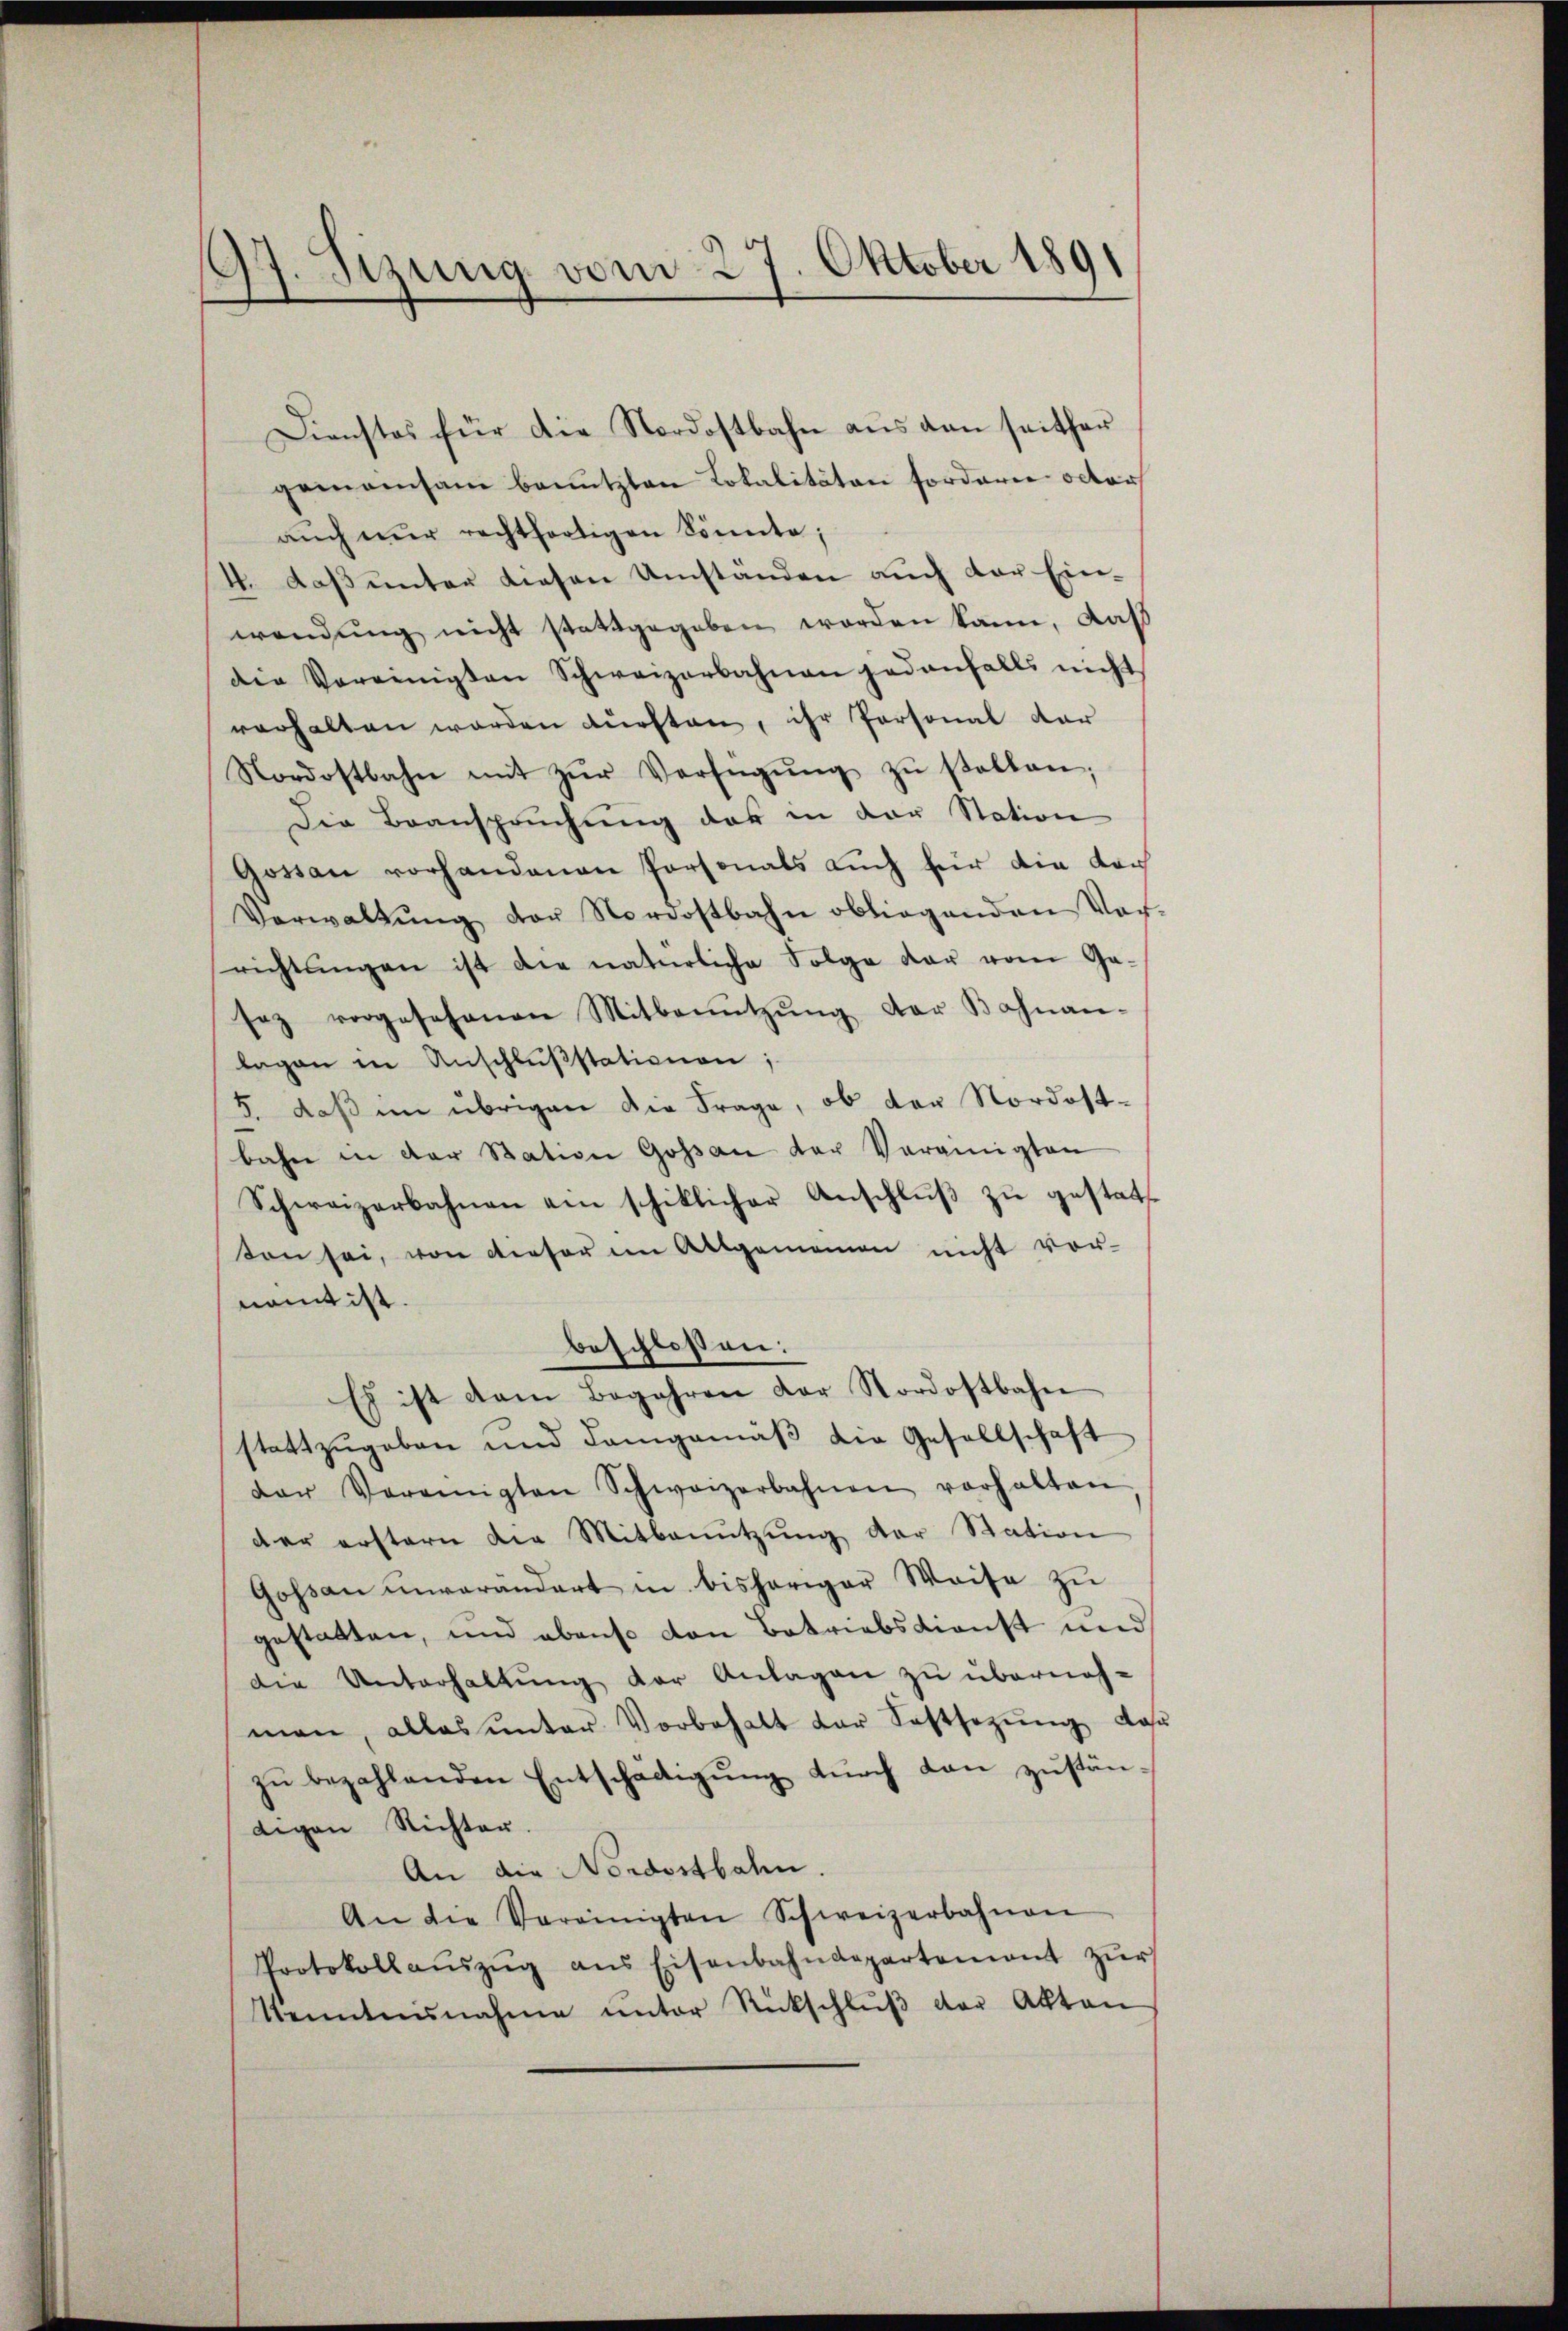
97. Sizung vom 27. Oktober 1891

Dienstes für die Nordostbahn aŭs den seither
gemeinsam benutzten Lokalitäten fordern octor
auch nur rechtfertigen Sonnte;
4. daβ ŭnter diesen Umständen auch der Ein-
wendung nicht stattgegeben worden kann, daß
die Vereinigten Schweizerbahnen jedenfalls nicht
verhalten werden dürften, ihr Personal dar
Nordostbahn mit zŭr Verfügŭng zŭ stellten;
Die Beanspruchung das in der Station
Gostan vorhandenen Personals auch für die von
Verwaltŭng der Nordostbahn obliegenden Vor-
richtŭngen ist die natürliche Folge der vom Ga-
saz vorgesehenen Mitbenŭtzŭng der Bahnan-
lagen in Anschlußstationen;
5. daβ im übrigen die Frage, ob der Nordostbahn in der Station Goßau der Veranigten
Schweizerbahnen am schiklicher Anschluß zu gestatt
ton sei, von dieser im Allgemeinen nicht vor-
namt ist.
beschlossen:
Es ist dem Begehren der Nordostbahn
stattzŭgeben und demgemäβ die Gesellschaft
der Vereinigten Schweizerbahnen vorhalten
der erstern die Mitbenŭtzŭng der Station
Goßau unverändert in bisheriger Weise zu
gestatten, und ebenso von Betriebsdienst und
die Unterhaltung der Anlagen zu überneh-
man, alles ŭnter Vorbehalt der Festsezŭng dar
zŭ bezahlenden Entschädigŭng dŭrch dan zuständigen Richter.
An die Nordostbahn.
An die Vereinigten Schweizerbahnen
Protokollaŭszŭg ans Eisenbahndepartement zŭr
Venntnisnahme ŭnter Rückschlŭβ der Akten